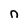
Character: n